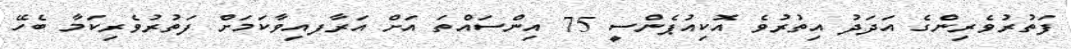
ފަތުރުވެރިންގެ އަދަދު އިތުރުވެ އޮކިއުޕެންސީ 75 އިންސައްތަ އަށް އަރާފއިވާކަމަށް ފަތުރުވެރިކަމާ ބެހޭ